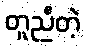
တူညီတဲ့